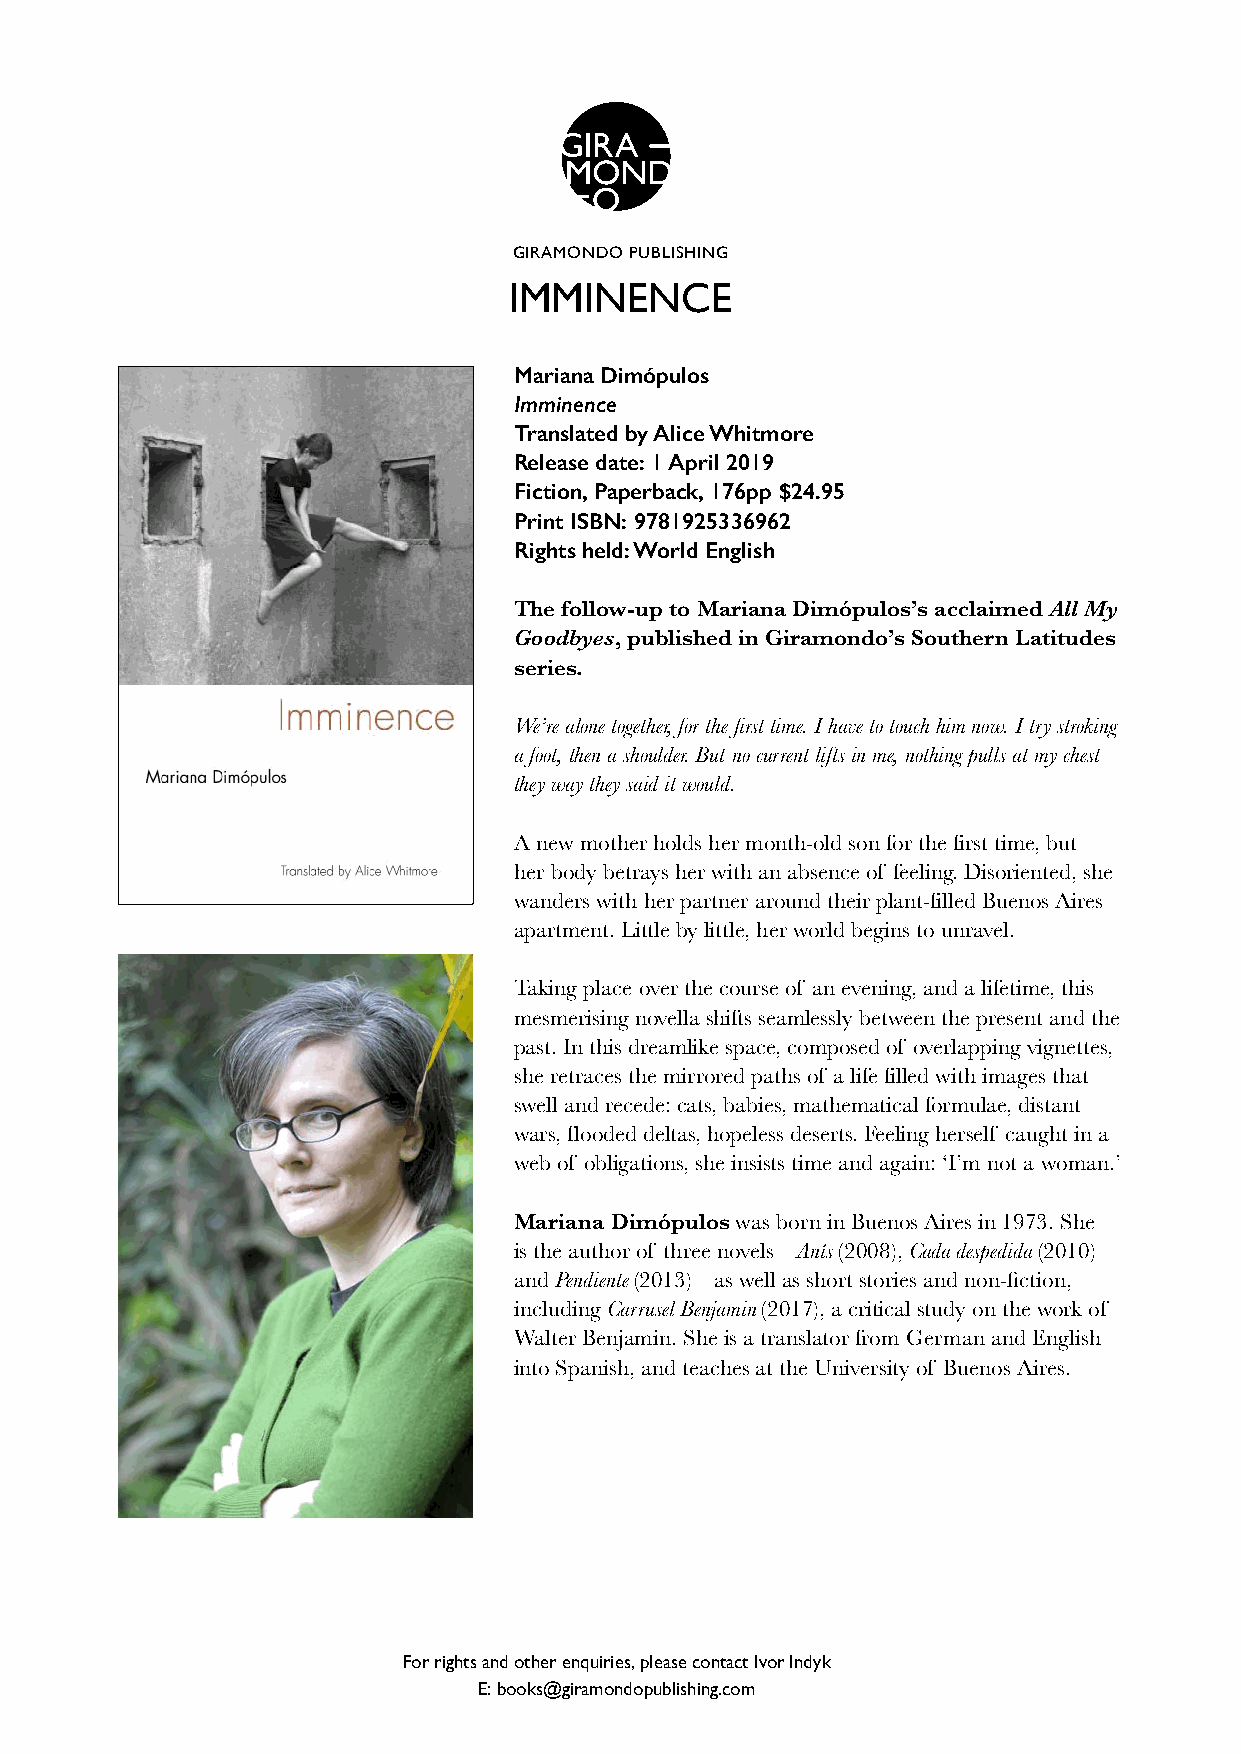
GIRAMONDO PUBLISHING
 IMMINENCE
 Mariana Dimópulos
 Imminence
 Translated by Alice Whitmore
 Release date: 1 April 2019
 Fiction, Paperback, 176pp $24.95
 Print ISBN: 9781925336962
 Rights held: World English
 The follow-up to Mariana Dimópulos’s acclaimed All My
 Goodbyes, published in Giramondo’s Southern Latitudes
 series.
 We’re alone together, for the first time. I have to touch him now. I try stroking
 a foot, then a shoulder. But no current lifts in me, nothing pulls at my chest
 they way they said it would.
 A new mother holds her month-old son for the first time, but
 her body betrays her with an absence of feeling. Disoriented, she
 wanders with her partner around their plant-filled Buenos Aires
 apartment. Little by little, her world begins to unravel.
 Taking place over the course of an evening, and a lifetime, this
 mesmerising novella shifts seamlessly between the present and the
 past. In this dreamlike space, composed of overlapping vignettes,
 she retraces the mirrored paths of a life filled with images that
 swell and recede: cats, babies, mathematical formulae, distant
 wars, flooded deltas, hopeless deserts. Feeling herself caught in a
 web of obligations, she insists time and again: ‘I’m not a woman.’
 Mariana Dimópulos was born in Buenos Aires in 1973. She
 is the author of three novels – Anís (2008), Cada despedida (2010)
 and Pendiente (2013) – as well as short stories and non-fiction,
 including Carrusel Benjamin (2017), a critical study on the work of
 Walter Benjamin. She is a translator from German and English
 into Spanish, and teaches at the University of Buenos Aires.
 For rights and other enquiries, please contact Ivor Indyk
 E: books@giramondopublishing.com